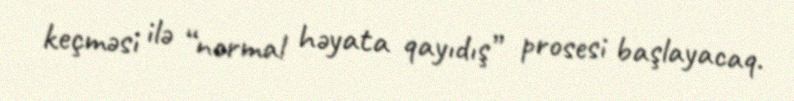
keçməsi ilə “normal həyata qayıdış” prosesi başlayacaq.